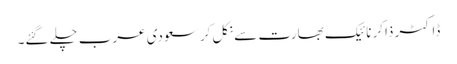
ڈاکٹر ذاکر نائیک بھارت سے نکل کر سعودی عرب چلے گئے۔